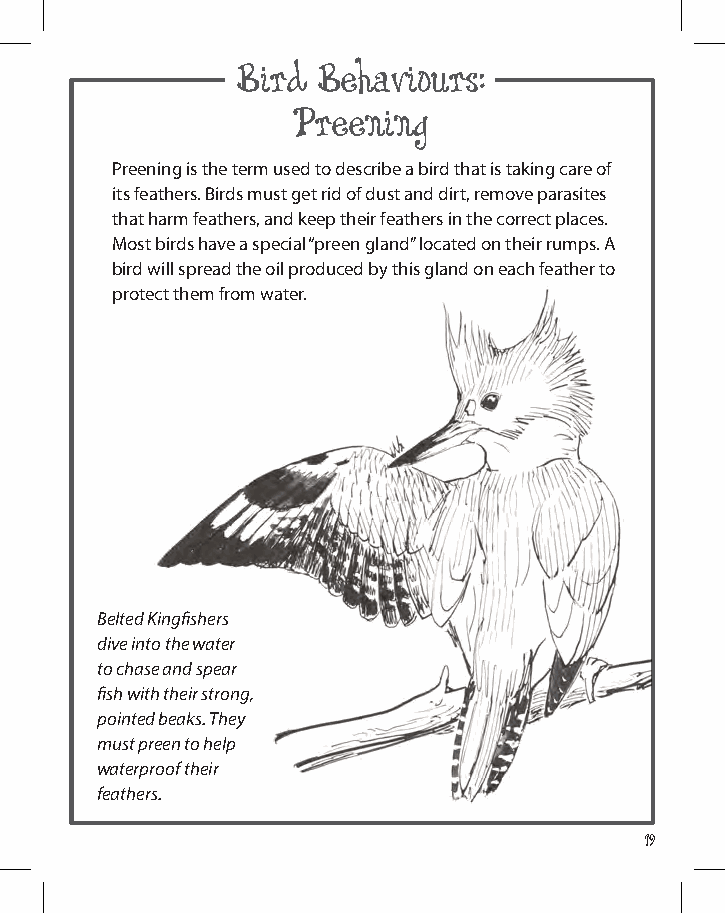
Bird Behaviours:
 Preening
 preening is the term used to describe a bird that is taking care of
 its feathers. Birds must get rid of dust and dirt, remove parasites
 that harm feathers, and keep their feathers in the correct places.
 most birds have a special “preen gland” located on their rumps. a
 bird will spread the oil produced by this gland on each feather to
 protect them from water.
 Belted Kingfishers
 dive into the water
 to chase and spear
 fish with their strong,
 pointed beaks. They
 must preen to help
 waterproof their
 feathers.
 19